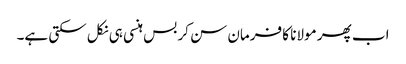
اب پھر مولانا کا فرمان سن کر بس ہنسی ہی نکل سکتی ہے۔